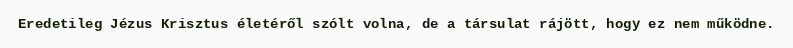
Eredetileg Jézus Krisztus életéről szólt volna, de a társulat rájött, hogy ez nem működne.